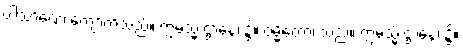
ပါသာဏေ၊ ကျောက်သည်။ ဣမသ္မိံ ဌာနေ၊ ၌။ ဝမ္မိကော၊ သည်။ ဣမသ္မိံ ဌာနေ၊ ၌။